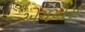
એચએસ